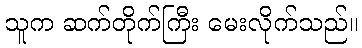
သူက ဆက်တိုက်ကြီး မေးလိုက်သည်။